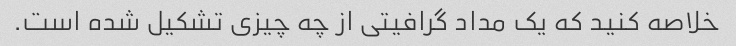
خلاصه کنید که یک مداد گرافیتی از چه چیزی تشکیل شده است.